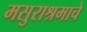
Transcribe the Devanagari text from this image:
मसुराश्रमाचे